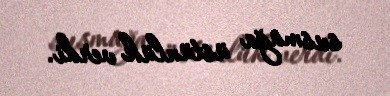
susmağa üstünlük verdi.